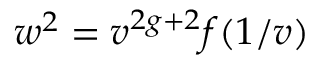
w ^ { 2 } = v ^ { 2 g + 2 } f ( 1 / v )